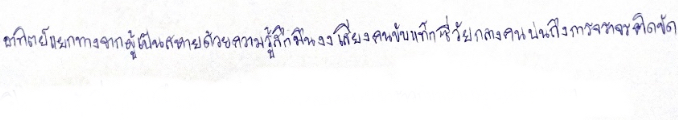
อาทิตย์แยกทางจากผู้เป็นสหายด้วยความรู้สึกมึนงงเสียงคนขับแท็กซี่วัยกลางคนบ่นถึงการจราจรติดขัด